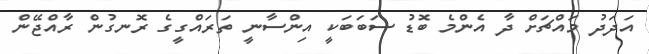
އަދަދު މައްޗަށް ދާ އެންމެ ބޮޑު ސަބަބަކީ އިންސާނީ ތަރައްގީގެ ރޮނގުން ރާއްޖޭން